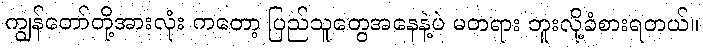
ကျွန်တော်တို့အားလုံး ကတော့ ပြည်သူတွေအနေနဲ့ပဲ မတရား ဘူးလို့ခံစားရတယ်။